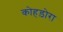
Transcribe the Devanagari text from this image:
कोहड़ोरा